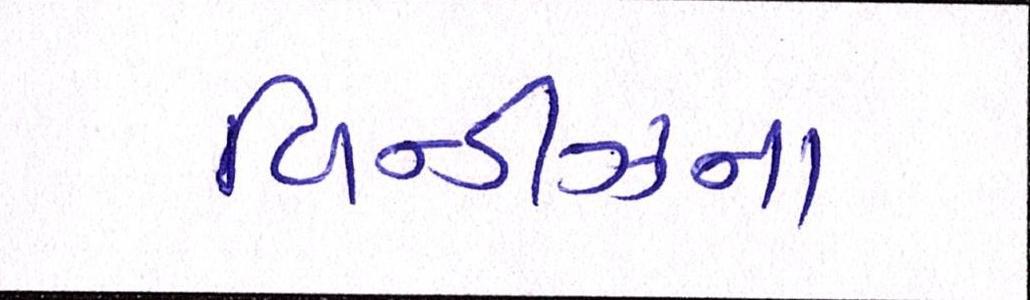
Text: વિન્ડીઝના